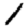
Digit: 1